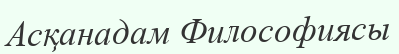
Асқанадам Философиясы